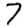
Digit: 7